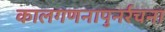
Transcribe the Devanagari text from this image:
कालगणनापुनर्रचना